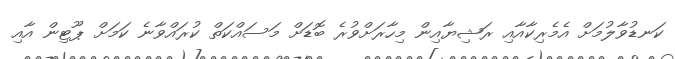
ކަނޑުވާލުމަށް އެމެރިކާއާއި ރަޝިޔާއިން މިހާރަށްވުރެ ބޮޑަށް މަސައްކަތް ކުރައްވާނެ ކަމަށް ޕޫޓިން އާއި